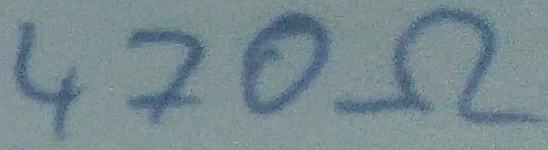
Text: 470Ω